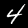
Digit: 4